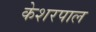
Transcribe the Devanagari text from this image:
केशरपाल